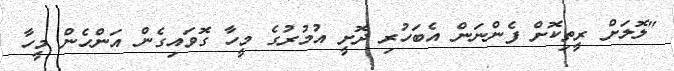
"ލޮލަށް ރީތިކޮށް ފެންނަން އެބަހުރި ދޮށީ އުމުރުގެ މީހާ ގޮވައިގެން އަންހެން މީހާ